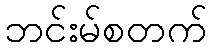
ဘင်းမ်စတက်